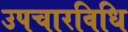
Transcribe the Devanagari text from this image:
उपचारविधि